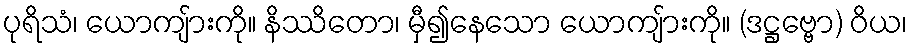
ပုရိသံ၊ ယောကျ်ားကို။ နိဿိတော၊ မှီ၍နေသော ယောကျ်ားကို။ (ဒဋ္ဌဗ္ဗော) ဝိယ၊